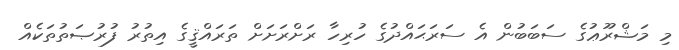
މި މަޝްރޫޢުގެ ސަބަބުން އެ ސަރަޙައްދުގެ ހުރިހާ ރަށްރަށަށް ތަރައްޤީގެ އިތުރު ފުރުޞަތުތަކެއް